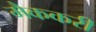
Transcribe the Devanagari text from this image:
मैककरी